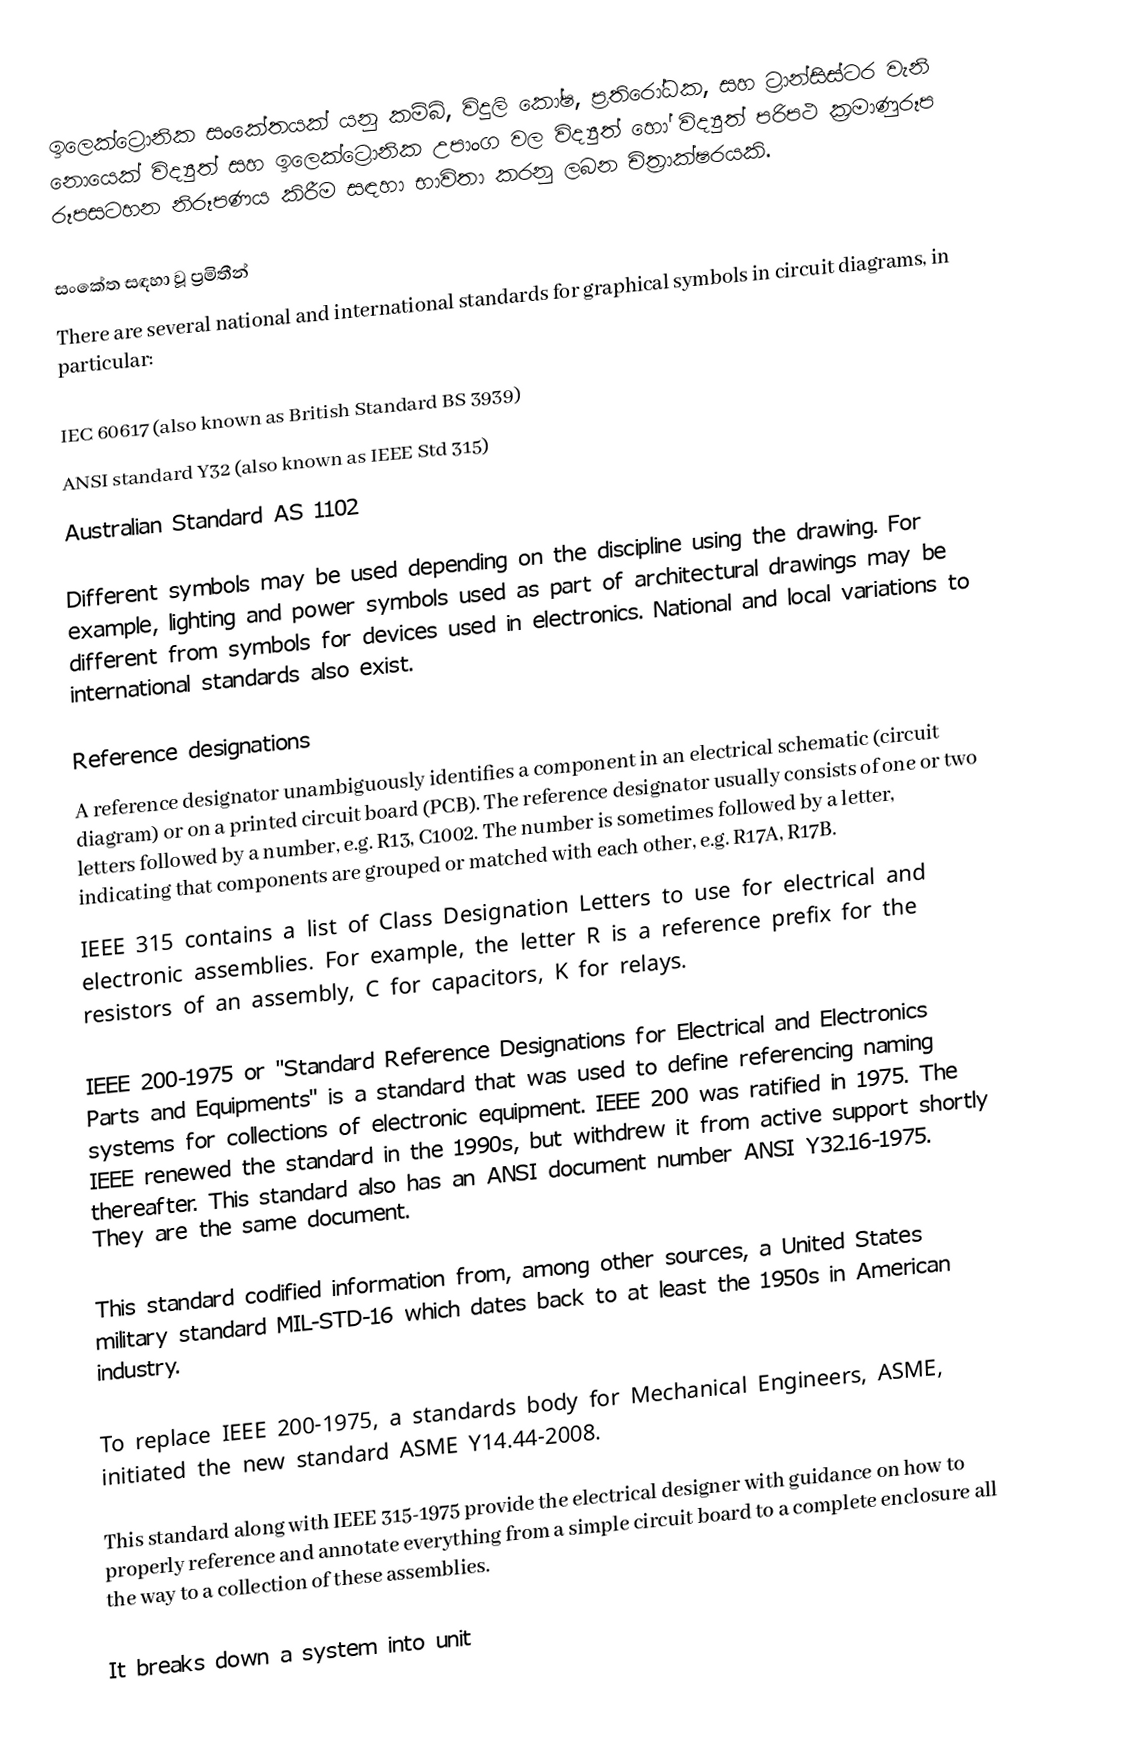
ඉලෙක්ට්‍රොනික සංකේතයක් යනු කම්බි, විදුලි කෝෂ, ප්‍රතිරෝධක, සහ ට්‍රාන්සිස්ටර වැනි නොයෙක් විද්‍යුත් සහ ඉලෙක්ට්‍රොනික උපාංග වල විද්‍යුත් හෝ විද්‍යුත් පරිපථ ක්‍රමාණුරූප රූපසටහන නිරූපණය කිරීම සඳහා භාවිතා කරනු ලබන චිත්‍රාක්ෂරයකි.

සංකේත සඳහා වූ ප්‍රමිතීන්
There are several national and international standards for graphical symbols in circuit diagrams, in particular:

 IEC 60617 (also known as British Standard BS 3939)
 ANSI standard Y32 (also known as IEEE Std 315)
 Australian Standard AS 1102

Different symbols may be used depending on the discipline using the drawing. For example, lighting and power symbols used as part of architectural drawings may be different from symbols for devices used in electronics. National  and local variations to international standards also exist.

Reference designations
A reference designator unambiguously identifies a component in an electrical schematic (circuit diagram) or on a printed circuit board (PCB). The reference designator usually consists of one or two letters followed by a number, e.g. R13, C1002. The number is sometimes followed by a letter, indicating that components are grouped or matched with each other, e.g. R17A, R17B.
IEEE 315 contains a list of Class Designation Letters to use for electrical and electronic assemblies. For example, the letter R is a reference prefix for the resistors of an assembly, C for capacitors, K for relays.

IEEE 200-1975 or "Standard Reference Designations for Electrical and Electronics Parts and Equipments" is a standard that was used to define referencing naming systems for collections of electronic equipment. IEEE 200 was ratified in 1975.  The IEEE renewed the standard in the 1990s, but withdrew it from active support shortly thereafter. This standard also has an ANSI document number ANSI Y32.16-1975.  They are the same document.

This standard codified information from, among other sources, a United States military standard MIL-STD-16 which dates back to at least the 1950s in American industry.

To replace IEEE 200-1975, a standards body for Mechanical Engineers, ASME, initiated the new standard ASME Y14.44-2008.

This standard along with IEEE 315-1975 provide the electrical designer with guidance on how to properly reference and annotate everything from a simple circuit board to a complete enclosure all the way to a collection of these assemblies.

It breaks down a system into unit